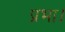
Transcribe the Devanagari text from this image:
प्रभा।